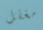
مغفل